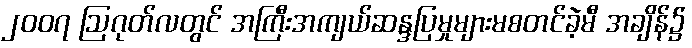
၂၀၀၇ ဩဂုတ်လတွင် အကြီးအကျယ်ဆန္ဒပြမှုများမစတင်ခဲ့မီ အချိန်၌